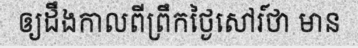
ឲ្យដឹងកាលពីព្រឹកថ្ងៃសៅរ៍ថា មាន